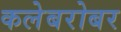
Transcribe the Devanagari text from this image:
कलेबरोबर